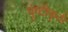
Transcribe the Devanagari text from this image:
पुष्टीकृती